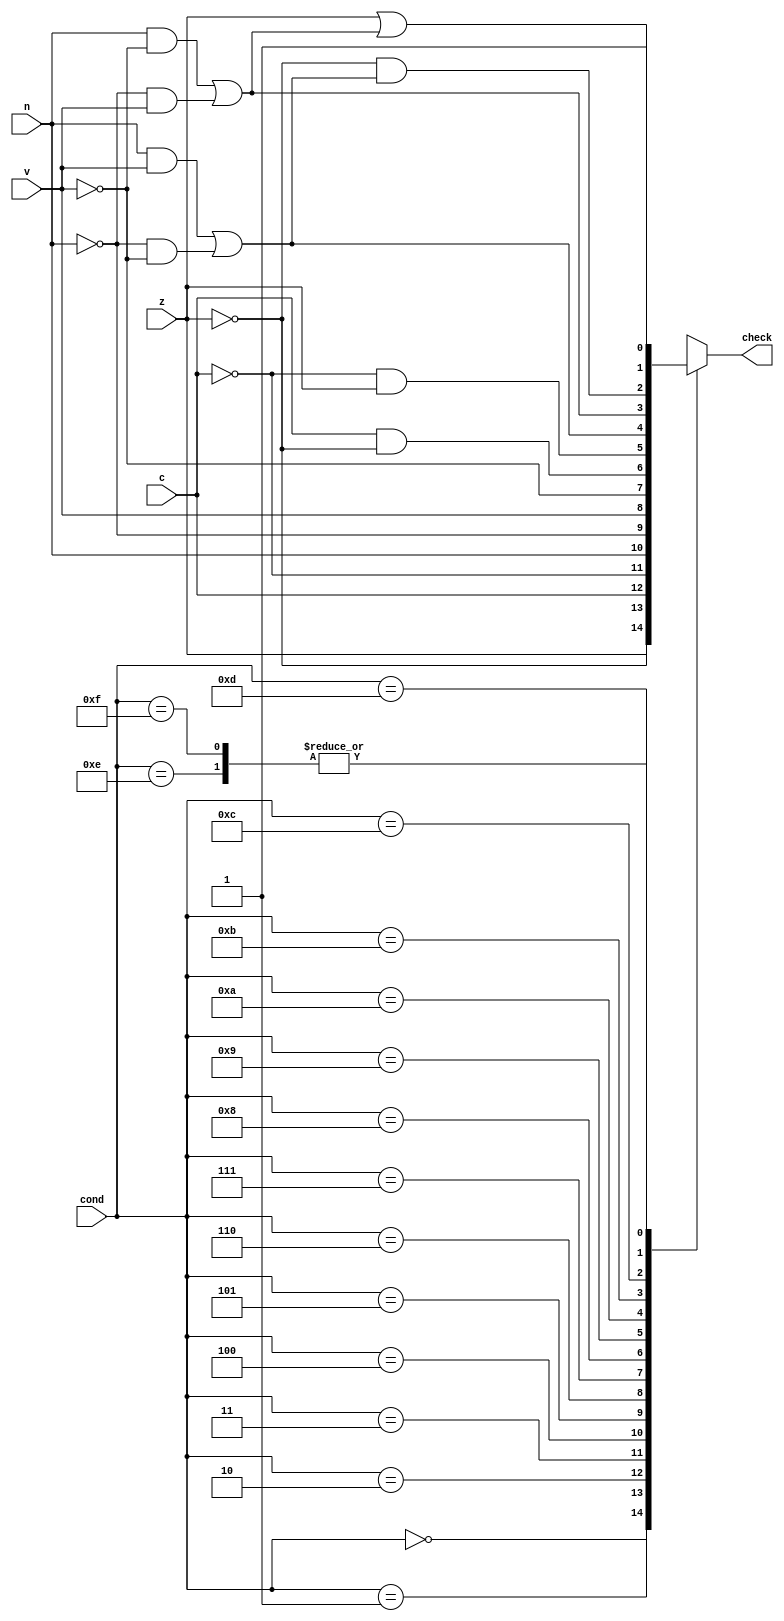
module Condition_Check
(
    input [3:0] cond,
    input z, c, v, n, 
    output reg check
);
  
  // Page 6 -> Chart 3
  always @(*) begin
    case(cond)
       4'b0000 : check = z;  // Equal
       4'b0001 : check = ~z;  // Not Equal
       4'b0010 : check = c;  // CS/HS
       4'b0011 : check = ~c;  // CC/LO
       4'b0100 : check = n;  // Minus
       4'b0101 : check = ~n;  // Plus
       4'b0110 : check = v;  // Overflow
       4'b0111 : check = ~v;  // No Overflow
       4'b1000 : check = c & ~z;  // HI Unsigned Higher
       4'b1001 : check = ~c & z;  // LS Unsigned Lower or Same
       4'b1010 : check = (n & v) | (~n & ~v);  // GE signed
       4'b1011 : check = (n & ~v) | (~n & v);  // LT signed
       4'b1100 : check = (~z & ((n & v) | (~n & ~v)));  // GT signed
       4'b1101 : check = (z | ((~v & n) | (v & ~n)));  // LE signed
       4'b1110 : check = 1;  // Always
       4'b1111 : check = 1;  // No Need to Implement
    endcase
  end
    
endmodule